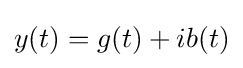
y(t)=g(t)+ib(t)